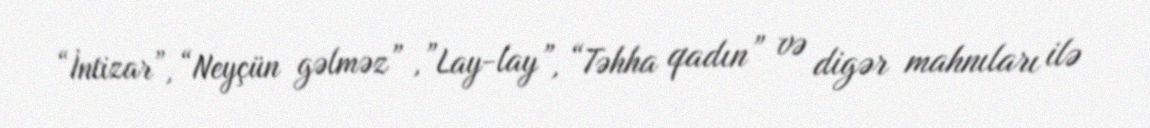
“İntizar”, “Neyçün gəlməz” ,”Lay-lay”, “Təhha qadın” və digər mahnıları ilə